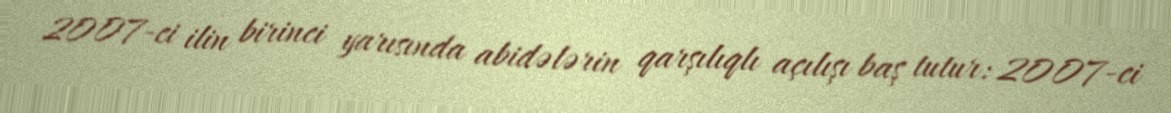
2007-ci ilin birinci yarısında abidələrin qarşılıqlı açılışı baş tutur: 2007-ci